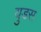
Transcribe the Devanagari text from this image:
युडस